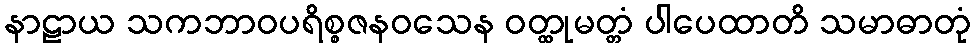
နာဠာယ သကဘာဝပရိစ္စဇနဝသေန ဝတ္ထုမတ္တံ ပါပေထာတိ သမာဓာတုံ